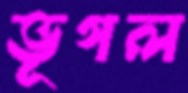
ভূগল